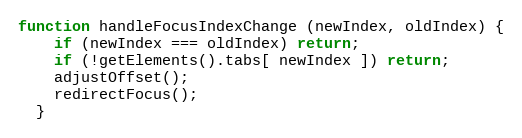
Language: JavaScript
function handleFocusIndexChange (newIndex, oldIndex) {
    if (newIndex === oldIndex) return;
    if (!getElements().tabs[ newIndex ]) return;
    adjustOffset();
    redirectFocus();
  }